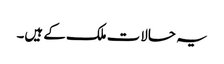
یہ حالات ملک کے ہیں۔